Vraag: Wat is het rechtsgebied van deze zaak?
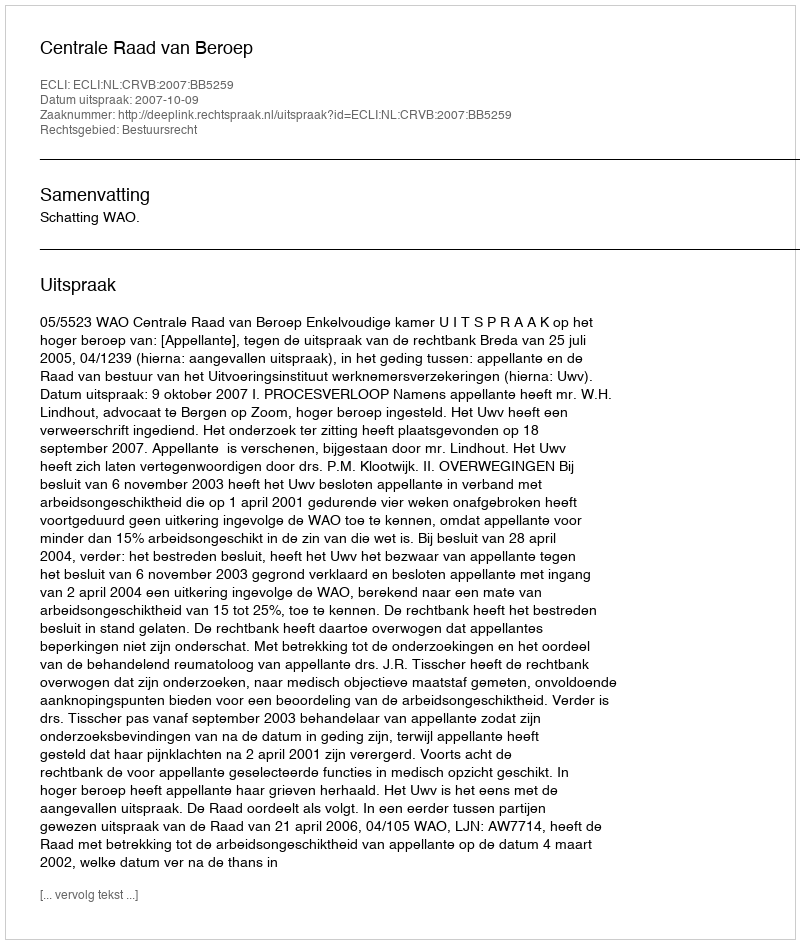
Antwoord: Bestuursrecht